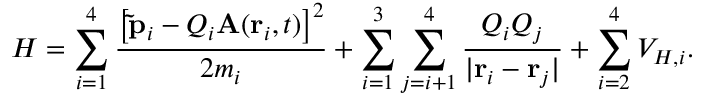
H = \sum _ { i = 1 } ^ { 4 } \frac { \left[ \mathbf { \tilde { p } } _ { i } - Q _ { i } \mathbf { A } ( \mathbf { r } _ { i } , t ) \right] ^ { 2 } } { 2 m _ { i } } + \sum _ { i = 1 } ^ { 3 } \sum _ { j = i + 1 } ^ { 4 } \frac { Q _ { i } Q _ { j } } { | \mathbf { r } _ { i } - \mathbf { r } _ { j } | } + \sum _ { i = 2 } ^ { 4 } V _ { H , i } .